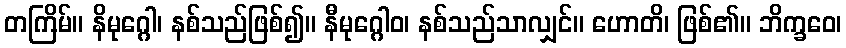
တကြိမ်။ နိမုဂ္ဂေါ၊ နစ်သည်ဖြစ်၍။ နီမုဂ္ဂေါဝ၊ နစ်သည်သာလျှင်။ ဟောတိ၊ ဖြစ်၏။ ဘိက္ခဝေ၊